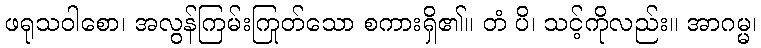
ဖရုသဝါစော၊ အလွန်ကြမ်းကြုတ်သော စကားရှိ၏။ တံ ပိ၊ သင့်ကိုလည်း။ အာဂမ္မ၊